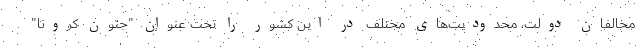
مخالفان دولت، محدودیت‌های مختلف در این کشور را تحت عنوان "جنون کرونا"